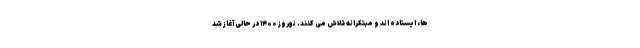
ها، ایستاده اند و مبتکرانه تلاش می کنند. نوروز ۱۴۰۰ در حالی آغاز شد